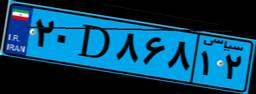
۲۰D۸۶۸۱۲